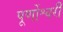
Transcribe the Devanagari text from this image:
पूर्णोश्वरी